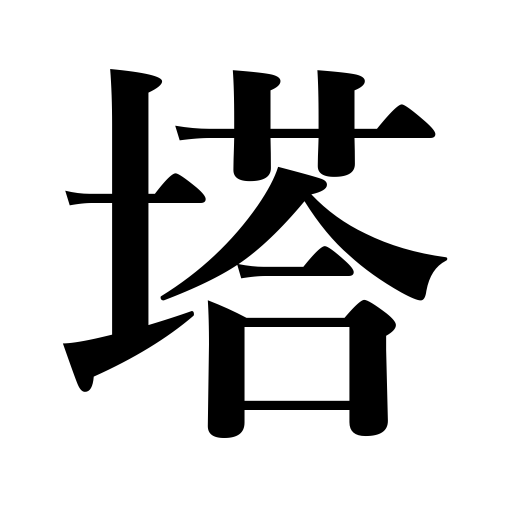
Meanings: pagoda,tower,monument,obelisk,steeple